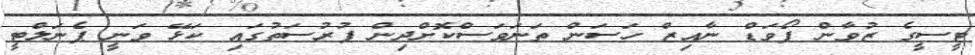
ޓީސީގެ ޒުވާން ފޯވަޑް ނާއިޒް ހަސަން ތަނަވަސްކޮށްދިން ފުރުސަތުގައި ކަޅޭ ވަނީ ޕެނަލްޓީ